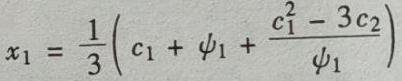
\[
x_{1}=\frac{1}{3}\left(c_{1}+\psi_{1}+\frac{c_{1}^{2}-3 c_{2}}{\psi_{1}}\right)
\]